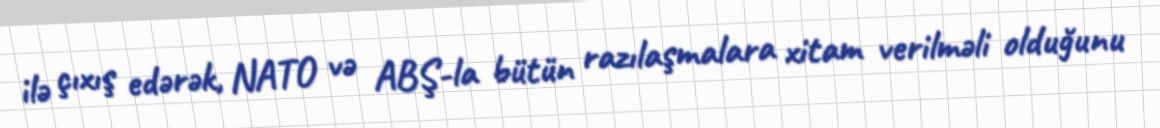
ilə çıxış edərək, NATO və ABŞ-la bütün razılaşmalara xitam verilməli olduğunu